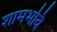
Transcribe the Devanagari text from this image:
शामभवि